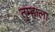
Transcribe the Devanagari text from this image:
तुम्‍हाला